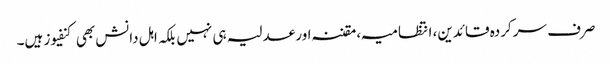
صرف سرکردہ قائدین، انتظامیہ، مقننہ اور عدلیہ ہی نہیں بلکہ اہل دانش بھی کنفیوز ہیں۔